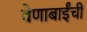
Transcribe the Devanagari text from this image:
वेणाबाईंची